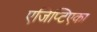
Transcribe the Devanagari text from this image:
एजिप्टिएका